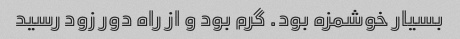
بسیار خوشمزه بود. گرم بود و از راه دور زود رسید